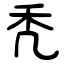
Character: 秃